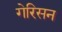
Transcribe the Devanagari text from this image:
गेरिसन